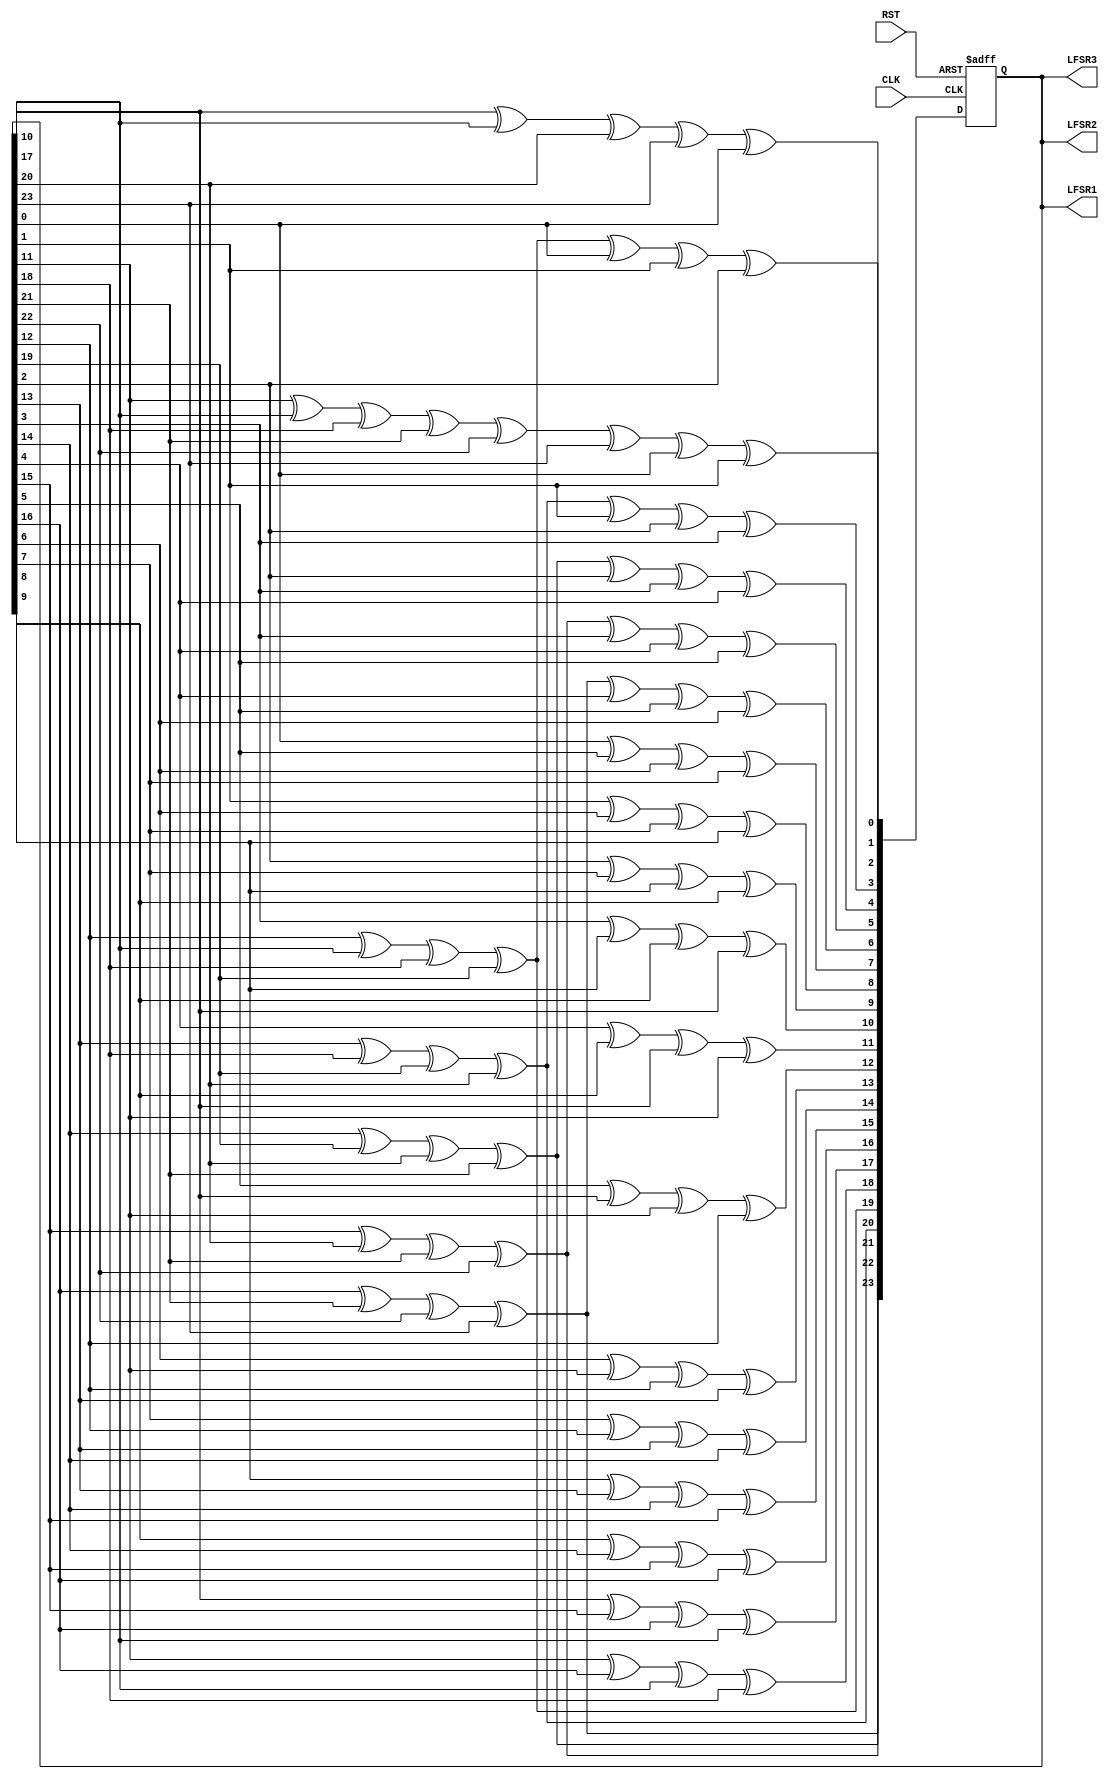
`timescale 1ns / 1ps
//////////////////////////////////////////////////////////////////////////////////
// Company: 
// Engineer: 
// 
// Design Name: 
// Module Name:    LFSR_R24 
// Project Name: 
// Target Devices: 
// Tool versions: 
// Description: 
//
// Dependencies: 
//
// Revision: 
// Revision 0.01 - File Created
// Additional Comments: 
//
//////////////////////////////////////////////////////////////////////////////////
module lfsr_R24 #(
	parameter init_fill = 24'h4DB62E,
	parameter TMR = 0
)(
    input CLK,
    input RST,
    output [23:0] LFSR1,
    output [23:0] LFSR2,
    output [23:0] LFSR3
    );
	 
//
// Linear Feedback Shift Register
// [24,23,22,17] Fibonacci Implementation
//


generate
if(TMR==1) 
begin : LFSR_logic_TMR

	(* syn_preserve = "true" *) reg [23:0] lfsr_1;
	(* syn_preserve = "true" *) reg [23:0] lfsr_2;
	(* syn_preserve = "true" *) reg [23:0] lfsr_3;

	(* syn_keep = "true" *) wire [23:0] vt_lfsr_1;
	(* syn_keep = "true" *) wire [23:0] vt_lfsr_2;
	(* syn_keep = "true" *) wire [23:0] vt_lfsr_3;

	assign vt_lfsr_1 = (lfsr_1 & lfsr_2) | (lfsr_2 & lfsr_3) | (lfsr_1 & lfsr_3); // Majority logic
	assign vt_lfsr_2 = (lfsr_1 & lfsr_2) | (lfsr_2 & lfsr_3) | (lfsr_1 & lfsr_3); // Majority logic
	assign vt_lfsr_3 = (lfsr_1 & lfsr_2) | (lfsr_2 & lfsr_3) | (lfsr_1 & lfsr_3); // Majority logic

	assign LFSR1 = vt_lfsr_1;
	assign LFSR2 = vt_lfsr_2;
	assign LFSR3 = vt_lfsr_3;

	always @(posedge CLK or posedge RST) begin
		if(RST) begin
			lfsr_1 <= init_fill;
			lfsr_2 <= init_fill;
			lfsr_3 <= init_fill;
		end
		else
			begin
				lfsr_1[0] <= vt_lfsr_1[10]^vt_lfsr_1[17]^vt_lfsr_1[20]^vt_lfsr_1[23]^vt_lfsr_1[0];
				lfsr_1[1] <= vt_lfsr_1[11]^vt_lfsr_1[17]^vt_lfsr_1[18]^vt_lfsr_1[21]^vt_lfsr_1[22]^vt_lfsr_1[23]^vt_lfsr_1[0]^vt_lfsr_1[1];
				lfsr_1[2] <= vt_lfsr_1[12]^vt_lfsr_1[17]^vt_lfsr_1[18]^vt_lfsr_1[19]^vt_lfsr_1[0]^vt_lfsr_1[1]^vt_lfsr_1[2];
				lfsr_1[3] <= vt_lfsr_1[13]^vt_lfsr_1[18]^vt_lfsr_1[19]^vt_lfsr_1[20]^vt_lfsr_1[1]^vt_lfsr_1[2]^vt_lfsr_1[3];
				lfsr_1[4] <= vt_lfsr_1[14]^vt_lfsr_1[19]^vt_lfsr_1[20]^vt_lfsr_1[21]^vt_lfsr_1[2]^vt_lfsr_1[3]^vt_lfsr_1[4];
				lfsr_1[5] <= vt_lfsr_1[15]^vt_lfsr_1[20]^vt_lfsr_1[21]^vt_lfsr_1[22]^vt_lfsr_1[3]^vt_lfsr_1[4]^vt_lfsr_1[5];
				lfsr_1[6] <= vt_lfsr_1[16]^vt_lfsr_1[21]^vt_lfsr_1[22]^vt_lfsr_1[23]^vt_lfsr_1[4]^vt_lfsr_1[5]^vt_lfsr_1[6];
				lfsr_1[7] <= vt_lfsr_1[0]^vt_lfsr_1[5]^vt_lfsr_1[6]^vt_lfsr_1[7];
				lfsr_1[8] <= vt_lfsr_1[1]^vt_lfsr_1[6]^vt_lfsr_1[7]^vt_lfsr_1[8];
				lfsr_1[9] <= vt_lfsr_1[2]^vt_lfsr_1[7]^vt_lfsr_1[8]^vt_lfsr_1[9];
				lfsr_1[10] <= vt_lfsr_1[3]^vt_lfsr_1[8]^vt_lfsr_1[9]^vt_lfsr_1[10];
				lfsr_1[11] <= vt_lfsr_1[4]^vt_lfsr_1[9]^vt_lfsr_1[10]^vt_lfsr_1[11];
				lfsr_1[12] <= vt_lfsr_1[5]^vt_lfsr_1[10]^vt_lfsr_1[11]^vt_lfsr_1[12];
				lfsr_1[13] <= vt_lfsr_1[6]^vt_lfsr_1[11]^vt_lfsr_1[12]^vt_lfsr_1[13];
				lfsr_1[14] <= vt_lfsr_1[7]^vt_lfsr_1[12]^vt_lfsr_1[13]^vt_lfsr_1[14];
				lfsr_1[15] <= vt_lfsr_1[8]^vt_lfsr_1[13]^vt_lfsr_1[14]^vt_lfsr_1[15];
				lfsr_1[16] <= vt_lfsr_1[9]^vt_lfsr_1[14]^vt_lfsr_1[15]^vt_lfsr_1[16];
				lfsr_1[17] <= vt_lfsr_1[10]^vt_lfsr_1[15]^vt_lfsr_1[16]^vt_lfsr_1[17];
				lfsr_1[18] <= vt_lfsr_1[11]^vt_lfsr_1[16]^vt_lfsr_1[17]^vt_lfsr_1[18];
				lfsr_1[19] <= vt_lfsr_1[12]^vt_lfsr_1[17]^vt_lfsr_1[18]^vt_lfsr_1[19];
				lfsr_1[20] <= vt_lfsr_1[13]^vt_lfsr_1[18]^vt_lfsr_1[19]^vt_lfsr_1[20];
				lfsr_1[21] <= vt_lfsr_1[14]^vt_lfsr_1[19]^vt_lfsr_1[20]^vt_lfsr_1[21];
				lfsr_1[22] <= vt_lfsr_1[15]^vt_lfsr_1[20]^vt_lfsr_1[21]^vt_lfsr_1[22];
				lfsr_1[23] <= vt_lfsr_1[16]^vt_lfsr_1[21]^vt_lfsr_1[22]^vt_lfsr_1[23];

				lfsr_2[0] <= vt_lfsr_2[10]^vt_lfsr_2[17]^vt_lfsr_2[20]^vt_lfsr_2[23]^vt_lfsr_2[0];
				lfsr_2[1] <= vt_lfsr_2[11]^vt_lfsr_2[17]^vt_lfsr_2[18]^vt_lfsr_2[21]^vt_lfsr_2[22]^vt_lfsr_2[23]^vt_lfsr_2[0]^vt_lfsr_2[1];
				lfsr_2[2] <= vt_lfsr_2[12]^vt_lfsr_2[17]^vt_lfsr_2[18]^vt_lfsr_2[19]^vt_lfsr_2[0]^vt_lfsr_2[1]^vt_lfsr_2[2];
				lfsr_2[3] <= vt_lfsr_2[13]^vt_lfsr_2[18]^vt_lfsr_2[19]^vt_lfsr_2[20]^vt_lfsr_2[1]^vt_lfsr_2[2]^vt_lfsr_2[3];
				lfsr_2[4] <= vt_lfsr_2[14]^vt_lfsr_2[19]^vt_lfsr_2[20]^vt_lfsr_2[21]^vt_lfsr_2[2]^vt_lfsr_2[3]^vt_lfsr_2[4];
				lfsr_2[5] <= vt_lfsr_2[15]^vt_lfsr_2[20]^vt_lfsr_2[21]^vt_lfsr_2[22]^vt_lfsr_2[3]^vt_lfsr_2[4]^vt_lfsr_2[5];
				lfsr_2[6] <= vt_lfsr_2[16]^vt_lfsr_2[21]^vt_lfsr_2[22]^vt_lfsr_2[23]^vt_lfsr_2[4]^vt_lfsr_2[5]^vt_lfsr_2[6];
				lfsr_2[7] <= vt_lfsr_2[0]^vt_lfsr_2[5]^vt_lfsr_2[6]^vt_lfsr_2[7];
				lfsr_2[8] <= vt_lfsr_2[1]^vt_lfsr_2[6]^vt_lfsr_2[7]^vt_lfsr_2[8];
				lfsr_2[9] <= vt_lfsr_2[2]^vt_lfsr_2[7]^vt_lfsr_2[8]^vt_lfsr_2[9];
				lfsr_2[10] <= vt_lfsr_2[3]^vt_lfsr_2[8]^vt_lfsr_2[9]^vt_lfsr_2[10];
				lfsr_2[11] <= vt_lfsr_2[4]^vt_lfsr_2[9]^vt_lfsr_2[10]^vt_lfsr_2[11];
				lfsr_2[12] <= vt_lfsr_2[5]^vt_lfsr_2[10]^vt_lfsr_2[11]^vt_lfsr_2[12];
				lfsr_2[13] <= vt_lfsr_2[6]^vt_lfsr_2[11]^vt_lfsr_2[12]^vt_lfsr_2[13];
				lfsr_2[14] <= vt_lfsr_2[7]^vt_lfsr_2[12]^vt_lfsr_2[13]^vt_lfsr_2[14];
				lfsr_2[15] <= vt_lfsr_2[8]^vt_lfsr_2[13]^vt_lfsr_2[14]^vt_lfsr_2[15];
				lfsr_2[16] <= vt_lfsr_2[9]^vt_lfsr_2[14]^vt_lfsr_2[15]^vt_lfsr_2[16];
				lfsr_2[17] <= vt_lfsr_2[10]^vt_lfsr_2[15]^vt_lfsr_2[16]^vt_lfsr_2[17];
				lfsr_2[18] <= vt_lfsr_2[11]^vt_lfsr_2[16]^vt_lfsr_2[17]^vt_lfsr_2[18];
				lfsr_2[19] <= vt_lfsr_2[12]^vt_lfsr_2[17]^vt_lfsr_2[18]^vt_lfsr_2[19];
				lfsr_2[20] <= vt_lfsr_2[13]^vt_lfsr_2[18]^vt_lfsr_2[19]^vt_lfsr_2[20];
				lfsr_2[21] <= vt_lfsr_2[14]^vt_lfsr_2[19]^vt_lfsr_2[20]^vt_lfsr_2[21];
				lfsr_2[22] <= vt_lfsr_2[15]^vt_lfsr_2[20]^vt_lfsr_2[21]^vt_lfsr_2[22];
				lfsr_2[23] <= vt_lfsr_2[16]^vt_lfsr_2[21]^vt_lfsr_2[22]^vt_lfsr_2[23];

				lfsr_3[0] <= vt_lfsr_3[10]^vt_lfsr_3[17]^vt_lfsr_3[20]^vt_lfsr_3[23]^vt_lfsr_3[0];
				lfsr_3[1] <= vt_lfsr_3[11]^vt_lfsr_3[17]^vt_lfsr_3[18]^vt_lfsr_3[21]^vt_lfsr_3[22]^vt_lfsr_3[23]^vt_lfsr_3[0]^vt_lfsr_3[1];
				lfsr_3[2] <= vt_lfsr_3[12]^vt_lfsr_3[17]^vt_lfsr_3[18]^vt_lfsr_3[19]^vt_lfsr_3[0]^vt_lfsr_3[1]^vt_lfsr_3[2];
				lfsr_3[3] <= vt_lfsr_3[13]^vt_lfsr_3[18]^vt_lfsr_3[19]^vt_lfsr_3[20]^vt_lfsr_3[1]^vt_lfsr_3[2]^vt_lfsr_3[3];
				lfsr_3[4] <= vt_lfsr_3[14]^vt_lfsr_3[19]^vt_lfsr_3[20]^vt_lfsr_3[21]^vt_lfsr_3[2]^vt_lfsr_3[3]^vt_lfsr_3[4];
				lfsr_3[5] <= vt_lfsr_3[15]^vt_lfsr_3[20]^vt_lfsr_3[21]^vt_lfsr_3[22]^vt_lfsr_3[3]^vt_lfsr_3[4]^vt_lfsr_3[5];
				lfsr_3[6] <= vt_lfsr_3[16]^vt_lfsr_3[21]^vt_lfsr_3[22]^vt_lfsr_3[23]^vt_lfsr_3[4]^vt_lfsr_3[5]^vt_lfsr_3[6];
				lfsr_3[7] <= vt_lfsr_3[0]^vt_lfsr_3[5]^vt_lfsr_3[6]^vt_lfsr_3[7];
				lfsr_3[8] <= vt_lfsr_3[1]^vt_lfsr_3[6]^vt_lfsr_3[7]^vt_lfsr_3[8];
				lfsr_3[9] <= vt_lfsr_3[2]^vt_lfsr_3[7]^vt_lfsr_3[8]^vt_lfsr_3[9];
				lfsr_3[10] <= vt_lfsr_3[3]^vt_lfsr_3[8]^vt_lfsr_3[9]^vt_lfsr_3[10];
				lfsr_3[11] <= vt_lfsr_3[4]^vt_lfsr_3[9]^vt_lfsr_3[10]^vt_lfsr_3[11];
				lfsr_3[12] <= vt_lfsr_3[5]^vt_lfsr_3[10]^vt_lfsr_3[11]^vt_lfsr_3[12];
				lfsr_3[13] <= vt_lfsr_3[6]^vt_lfsr_3[11]^vt_lfsr_3[12]^vt_lfsr_3[13];
				lfsr_3[14] <= vt_lfsr_3[7]^vt_lfsr_3[12]^vt_lfsr_3[13]^vt_lfsr_3[14];
				lfsr_3[15] <= vt_lfsr_3[8]^vt_lfsr_3[13]^vt_lfsr_3[14]^vt_lfsr_3[15];
				lfsr_3[16] <= vt_lfsr_3[9]^vt_lfsr_3[14]^vt_lfsr_3[15]^vt_lfsr_3[16];
				lfsr_3[17] <= vt_lfsr_3[10]^vt_lfsr_3[15]^vt_lfsr_3[16]^vt_lfsr_3[17];
				lfsr_3[18] <= vt_lfsr_3[11]^vt_lfsr_3[16]^vt_lfsr_3[17]^vt_lfsr_3[18];
				lfsr_3[19] <= vt_lfsr_3[12]^vt_lfsr_3[17]^vt_lfsr_3[18]^vt_lfsr_3[19];
				lfsr_3[20] <= vt_lfsr_3[13]^vt_lfsr_3[18]^vt_lfsr_3[19]^vt_lfsr_3[20];
				lfsr_3[21] <= vt_lfsr_3[14]^vt_lfsr_3[19]^vt_lfsr_3[20]^vt_lfsr_3[21];
				lfsr_3[22] <= vt_lfsr_3[15]^vt_lfsr_3[20]^vt_lfsr_3[21]^vt_lfsr_3[22];
				lfsr_3[23] <= vt_lfsr_3[16]^vt_lfsr_3[21]^vt_lfsr_3[22]^vt_lfsr_3[23];
			end
	end
	
end
else 
begin : LFSR_logic

	reg [23:0] lfsr_r;

	assign LFSR1 = lfsr_r;
	assign LFSR2 = lfsr_r;
	assign LFSR3 = lfsr_r;

	always @(posedge CLK or posedge RST) begin
		if(RST)
			lfsr_r <= init_fill;
		else
			begin
				lfsr_r[0] <= lfsr_r[10]^lfsr_r[17]^lfsr_r[20]^lfsr_r[23]^lfsr_r[0];
				lfsr_r[1] <= lfsr_r[11]^lfsr_r[17]^lfsr_r[18]^lfsr_r[21]^lfsr_r[22]^lfsr_r[23]^lfsr_r[0]^lfsr_r[1];
				lfsr_r[2] <= lfsr_r[12]^lfsr_r[17]^lfsr_r[18]^lfsr_r[19]^lfsr_r[0]^lfsr_r[1]^lfsr_r[2];
				lfsr_r[3] <= lfsr_r[13]^lfsr_r[18]^lfsr_r[19]^lfsr_r[20]^lfsr_r[1]^lfsr_r[2]^lfsr_r[3];
				lfsr_r[4] <= lfsr_r[14]^lfsr_r[19]^lfsr_r[20]^lfsr_r[21]^lfsr_r[2]^lfsr_r[3]^lfsr_r[4];
				lfsr_r[5] <= lfsr_r[15]^lfsr_r[20]^lfsr_r[21]^lfsr_r[22]^lfsr_r[3]^lfsr_r[4]^lfsr_r[5];
				lfsr_r[6] <= lfsr_r[16]^lfsr_r[21]^lfsr_r[22]^lfsr_r[23]^lfsr_r[4]^lfsr_r[5]^lfsr_r[6];
				lfsr_r[7] <= lfsr_r[0]^lfsr_r[5]^lfsr_r[6]^lfsr_r[7];
				lfsr_r[8] <= lfsr_r[1]^lfsr_r[6]^lfsr_r[7]^lfsr_r[8];
				lfsr_r[9] <= lfsr_r[2]^lfsr_r[7]^lfsr_r[8]^lfsr_r[9];
				lfsr_r[10] <= lfsr_r[3]^lfsr_r[8]^lfsr_r[9]^lfsr_r[10];
				lfsr_r[11] <= lfsr_r[4]^lfsr_r[9]^lfsr_r[10]^lfsr_r[11];
				lfsr_r[12] <= lfsr_r[5]^lfsr_r[10]^lfsr_r[11]^lfsr_r[12];
				lfsr_r[13] <= lfsr_r[6]^lfsr_r[11]^lfsr_r[12]^lfsr_r[13];
				lfsr_r[14] <= lfsr_r[7]^lfsr_r[12]^lfsr_r[13]^lfsr_r[14];
				lfsr_r[15] <= lfsr_r[8]^lfsr_r[13]^lfsr_r[14]^lfsr_r[15];
				lfsr_r[16] <= lfsr_r[9]^lfsr_r[14]^lfsr_r[15]^lfsr_r[16];
				lfsr_r[17] <= lfsr_r[10]^lfsr_r[15]^lfsr_r[16]^lfsr_r[17];
				lfsr_r[18] <= lfsr_r[11]^lfsr_r[16]^lfsr_r[17]^lfsr_r[18];
				lfsr_r[19] <= lfsr_r[12]^lfsr_r[17]^lfsr_r[18]^lfsr_r[19];
				lfsr_r[20] <= lfsr_r[13]^lfsr_r[18]^lfsr_r[19]^lfsr_r[20];
				lfsr_r[21] <= lfsr_r[14]^lfsr_r[19]^lfsr_r[20]^lfsr_r[21];
				lfsr_r[22] <= lfsr_r[15]^lfsr_r[20]^lfsr_r[21]^lfsr_r[22];
				lfsr_r[23] <= lfsr_r[16]^lfsr_r[21]^lfsr_r[22]^lfsr_r[23];
			end
	end

end
endgenerate

endmodule